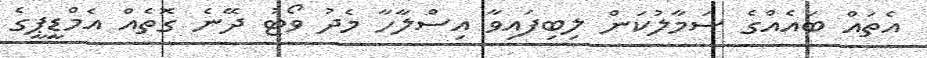
އެތައް ބައެއްގެ ސަމާލުކަން ލިބިފައިވާ އިސްލާހާ މެދު ވޯޓު ދޭނެ ގޮތެއް އެމްޑީޕީގެ